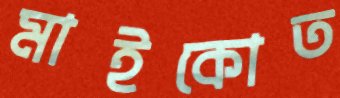
মাইকোত